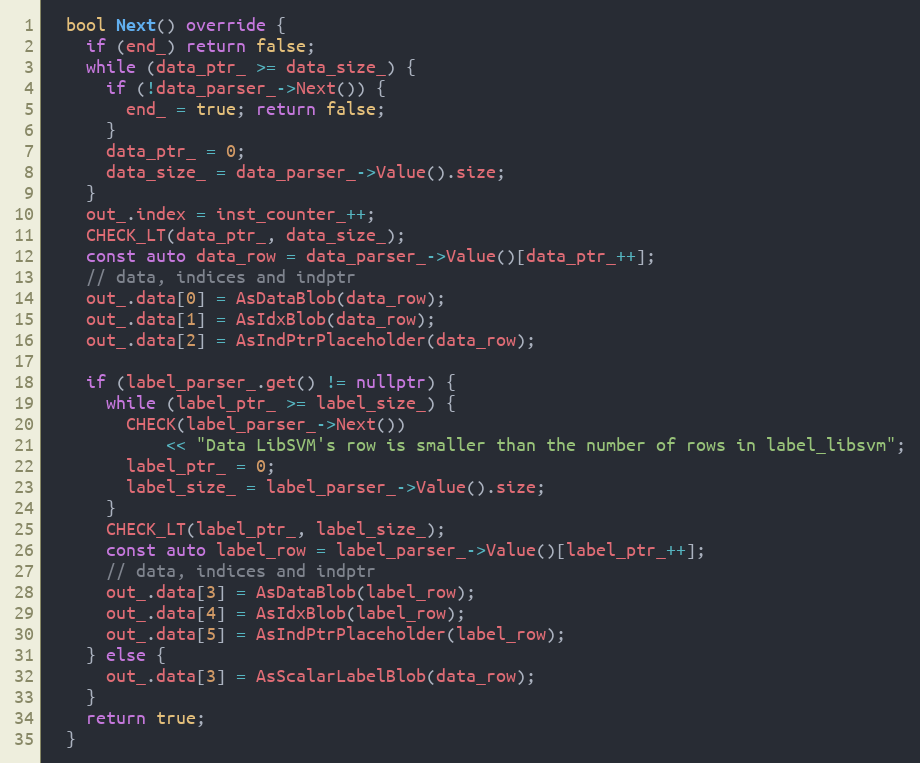
Language: C++
  bool Next() override {
    if (end_) return false;
    while (data_ptr_ >= data_size_) {
      if (!data_parser_->Next()) {
        end_ = true; return false;
      }
      data_ptr_ = 0;
      data_size_ = data_parser_->Value().size;
    }
    out_.index = inst_counter_++;
    CHECK_LT(data_ptr_, data_size_);
    const auto data_row = data_parser_->Value()[data_ptr_++];
    // data, indices and indptr
    out_.data[0] = AsDataBlob(data_row);
    out_.data[1] = AsIdxBlob(data_row);
    out_.data[2] = AsIndPtrPlaceholder(data_row);

    if (label_parser_.get() != nullptr) {
      while (label_ptr_ >= label_size_) {
        CHECK(label_parser_->Next())
            << "Data LibSVM's row is smaller than the number of rows in label_libsvm";
        label_ptr_ = 0;
        label_size_ = label_parser_->Value().size;
      }
      CHECK_LT(label_ptr_, label_size_);
      const auto label_row = label_parser_->Value()[label_ptr_++];
      // data, indices and indptr
      out_.data[3] = AsDataBlob(label_row);
      out_.data[4] = AsIdxBlob(label_row);
      out_.data[5] = AsIndPtrPlaceholder(label_row);
    } else {
      out_.data[3] = AsScalarLabelBlob(data_row);
    }
    return true;
  }